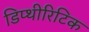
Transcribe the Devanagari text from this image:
डिप्थीरिटिक